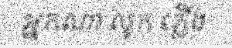
អ្នកណា លូក ភ្លើង